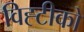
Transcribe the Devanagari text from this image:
विह्टीको